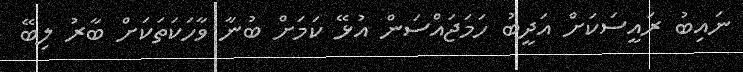
ނައިބު ރައީސަކަށް އަދީބު ހަމަޖައްސަން އުޅޭ ކަމަށް ބުނާ ވާހަކަތަކަަށް ބާރު ލިބޭ